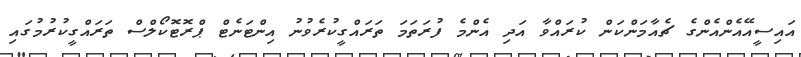
އައިސީއޭއެންއެންގެ ޗެއާމަންކަން ކުރައްވާ އަދި އެންމެ ފުރަތަމަ ތަރައްގީކުރެވުނު އިންޓަނެޓް ޕްރޮޓޮކޯލްސް ތަރައްގީކުރުމުގައި